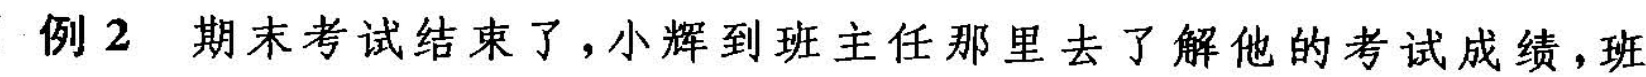
例2 期末考试结束了，小辉到班主任那里去了解他的考试成绩，班